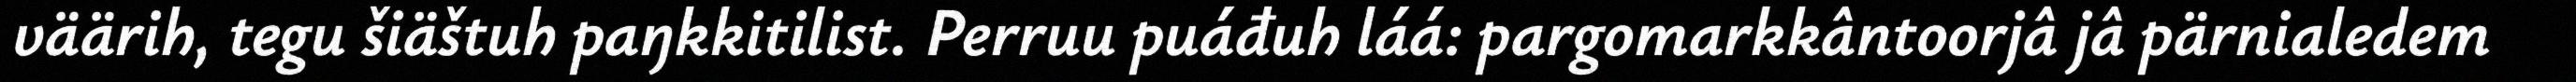
väärih, tegu šiäštuh paŋkkitilist. Perruu puáđuh láá: pargomarkkântoorjâ jâ pärnialedem